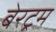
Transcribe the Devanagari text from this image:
बेरट्रम